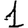
Digit: 1